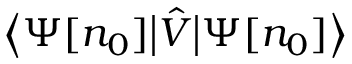
{ \big \langle } \Psi [ n _ { 0 } ] { \big | } { \hat { V } } { \big | } \Psi [ n _ { 0 } ] { \big \rangle }